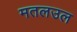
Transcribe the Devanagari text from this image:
मतलउल